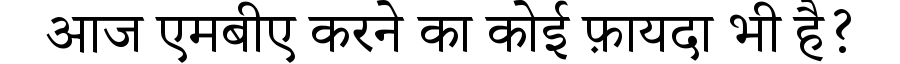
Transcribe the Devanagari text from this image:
आज एमबीए करने का कोई फ़ायदा भी है?